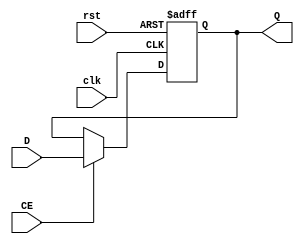
`timescale 1ns / 1ps
//////////////////////////////////////////////////////////////////////////////////
// Company: 
// Engineer: 
// 
// Design Name: 
// Module Name:    REG32 
// Project Name: 
// Target Devices: 
// Tool versions: 
// Description: 
//
// Dependencies: 
//
// Revision: 
// Revision 0.01 - File Created
// Additional Comments: 
//
//////////////////////////////////////////////////////////////////////////////////
module   REG32(input clk,
					input rst,
					input CE,
					input [31:0]D,
					output reg[31:0]Q
					);
					
	always @(posedge clk or posedge rst)
		if (rst==1)  Q <= 32'h00000000;
		else if (CE) Q <= D;

endmodule